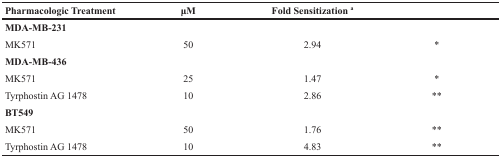
<table><thead><tr><td><b>Pharmacologic Treatment</b></td><td><b>μM</b></td><td><b>Fold Sensitization<sup>a</sup></b></td><td></td></tr></thead><tbody><tr><td colspan="4"><b>MDA-MB-231</b></td></tr><tr><td>MK571</td><td>50</td><td>2.94</td><td>*</td></tr><tr><td colspan="4"><b>MDA-MB-436</b></td></tr><tr><td>MK571</td><td>25</td><td>1.47</td><td>*</td></tr><tr><td>Tyrphostin AG 1478</td><td>10</td><td>2.86</td><td>**</td></tr><tr><td colspan="4"><b>BT549</b></td></tr><tr><td>MK571</td><td>50</td><td>1.76</td><td>**</td></tr><tr><td>Tyrphostin AG 1478</td><td>10</td><td>4.83</td><td>**</td></tr></tbody></table>